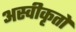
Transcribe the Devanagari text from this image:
अस्‍वीकृतों